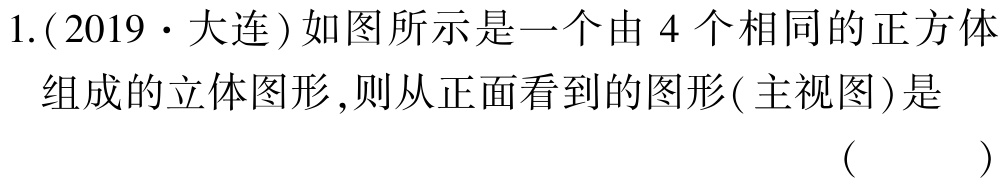
1.(2019·大连)如图所示是一个由 4 个相同的正方体组成的立体图形,则从正面看到的图形(主视图)是 （  ）